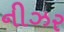
નીઝર